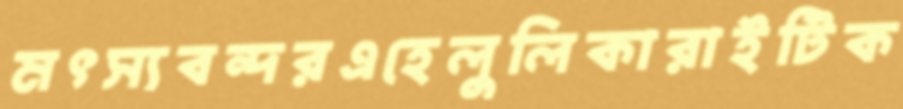
মৎস্যবন্দরএহেলুলিকারাইটিক